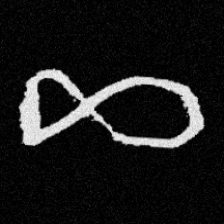
Pyu character \u2014 Myanmar letter: ဆ (romanized: cha)